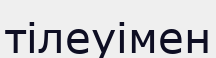
тілеуімен